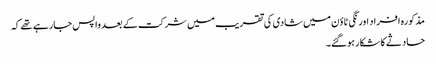
مذکورہ افراد اورنگی ٹاؤن میں شادی کی تقریب میں شرکت کے بعد واپس جارہے تھے کہ
حادثے کا شکار ہوگئے۔